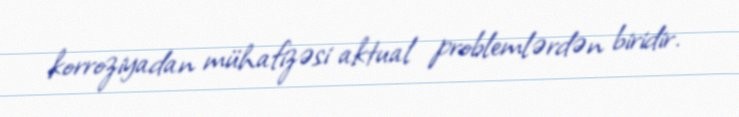
korroziyadan mühafizəsi aktual problemlərdən biridir.